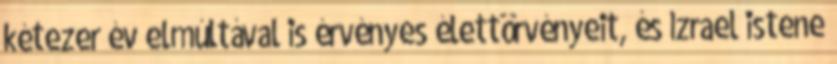
kétezer év elmúltával is érvényes élettörvényeit, és Izrael istene